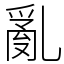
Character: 亂